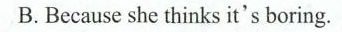
B.Because she thinks it's boring.